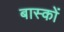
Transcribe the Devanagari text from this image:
बास्कों